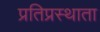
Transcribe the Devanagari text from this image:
प्रतिप्रस्थाता